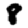
Digit: 8